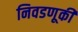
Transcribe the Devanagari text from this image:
निवडणूकी